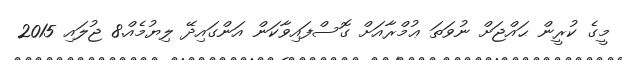
މީގެ ކުރީން ޙައްޖަށް ނުވަތަ ޢުމްރާއަށް ގޮސްފައިވާކަން އަންގައިދޭ ލިޔުމެއް.8 ޖުލައި 2015